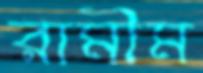
রামীম